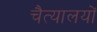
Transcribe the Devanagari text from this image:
चैत्यालयों